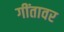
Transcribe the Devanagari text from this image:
गींतावर